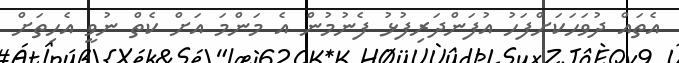
އެތައް ދުވަހަކަށްފަހު އުފަންދަރިފުޅު ފެނުމުން އެ މަންމަ އަށް ކެތް ނުވީ އެހިތަށް